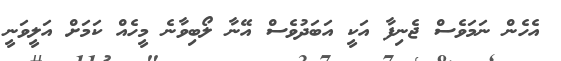
އެހެން ނަމަވެސް ޖެނިފާ އަކީ އަބަދުވެސް އޭނާ ލޯބިވާނެ މީހެއް ކަމަށް އަލީވަނީ